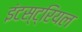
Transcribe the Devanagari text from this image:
इंटस्ट्रियल